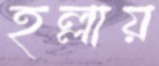
হল্লায়